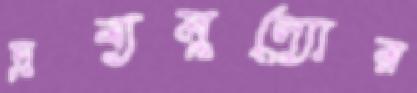
দ্রব্যমূল্যোর